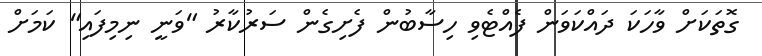
ގޮތަކަށް ވާހަކަ ދައްކަވަން ފެއްޓެވި ހިސާބުން ފެށިގެން ސަރުކާރު "ވަނީ ނިމިފައި" ކަމަށް